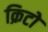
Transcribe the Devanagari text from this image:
क्रिटो